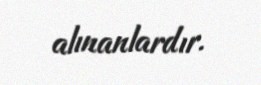
alınanlardır.